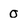
Character: O